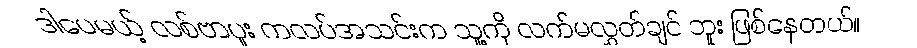
ဒါပေမယ့် လစ်ဗာပူး ကလပ်အသင်းက သူ့ကို လက်မလွှတ်ချင် ဘူး ဖြစ်နေတယ်။